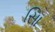
સાિ